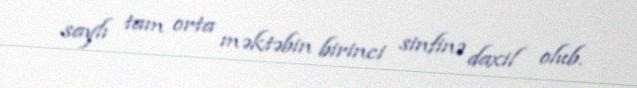
saylı tam orta məktəbin birinci sinfinə daxil olub.